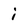
Character: i